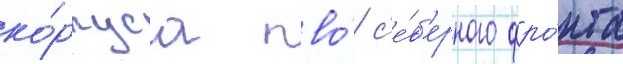
ко́рпуса пво́ с'е́в'ерного фро́нта